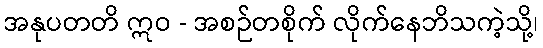
အနုပတတိ ဣဝ - အစဉ်တစိုက် လိုက်နေဘိသကဲ့သို့၊